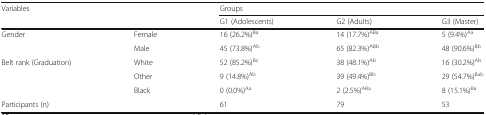
| <ROWSPAN=2-COLSPAN=2> Variables | <COLSPAN=3> Groups |
 | G1 (Adolescents) | G2 (Adults) | G3 (Master) |
 | --- | --- | --- | --- | --- |
 | <ROWSPAN=2> Gender | Female | 16 (26.2%)Ba | 14 (17.7%)ABa | 5 (9.4%)Aa |
 | Male | 45 (73.8%)Ab | 65 (82.3%)ABb | 48 (90.6%)Bb |
 | <ROWSPAN=3> Belt rank (Graduation) | White | 52 (85.2%)Bc | 38 (48.1%)Ab | 16 (30.2%)Ab |
 | Other | 9 (14.8%)Ab | 39 (49.4%)Bb | 29 (54.7%)Bab |
 | Black | 0 (0.0%)Aa | 2 (2.5%)ABa | 8 (15.1%)Ba |
 | <COLSPAN=2> Participants (n) | 61 | 79 | 53 |